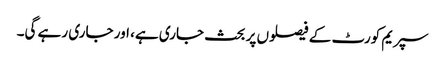
سپریم کورٹ کے فیصلوں پر بحث جاری ہے، اور جاری رہے گی۔